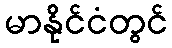
မာနိုင်ငံတွင်